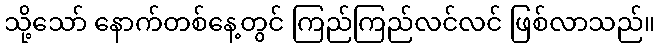
သို့သော် နောက်တစ်နေ့တွင် ကြည်ကြည်လင်လင် ဖြစ်လာသည်။